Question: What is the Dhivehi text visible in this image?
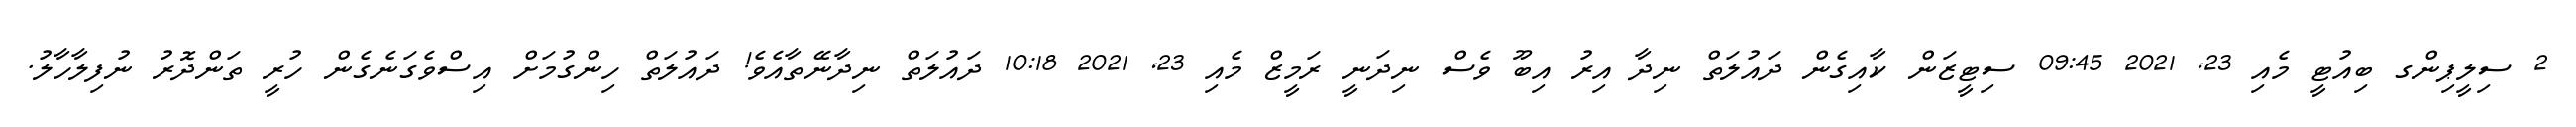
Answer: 2 ސިލީޕިންގ ބިއުޓީ މެއި 23, 2021 09:45 ސިޓީޒަން ކާއިގެން ދައުލަތް ނިދާ އިރު އިބޫ ވެސް ނިދަނީ ރަމީޒް މެއި 23, 2021 10:18 ދައުލަތް ނިދާނޭތާއެވެ! ދައުލަތް ހިންގުމަށް އިސްވެގަނެގެން ހުރީ ތަންދޮރު ނުފިލާހާލު.